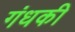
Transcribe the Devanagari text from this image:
गंधकी